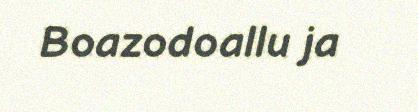
Boazodoallu ja